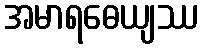
အမာရဓေယျဿ